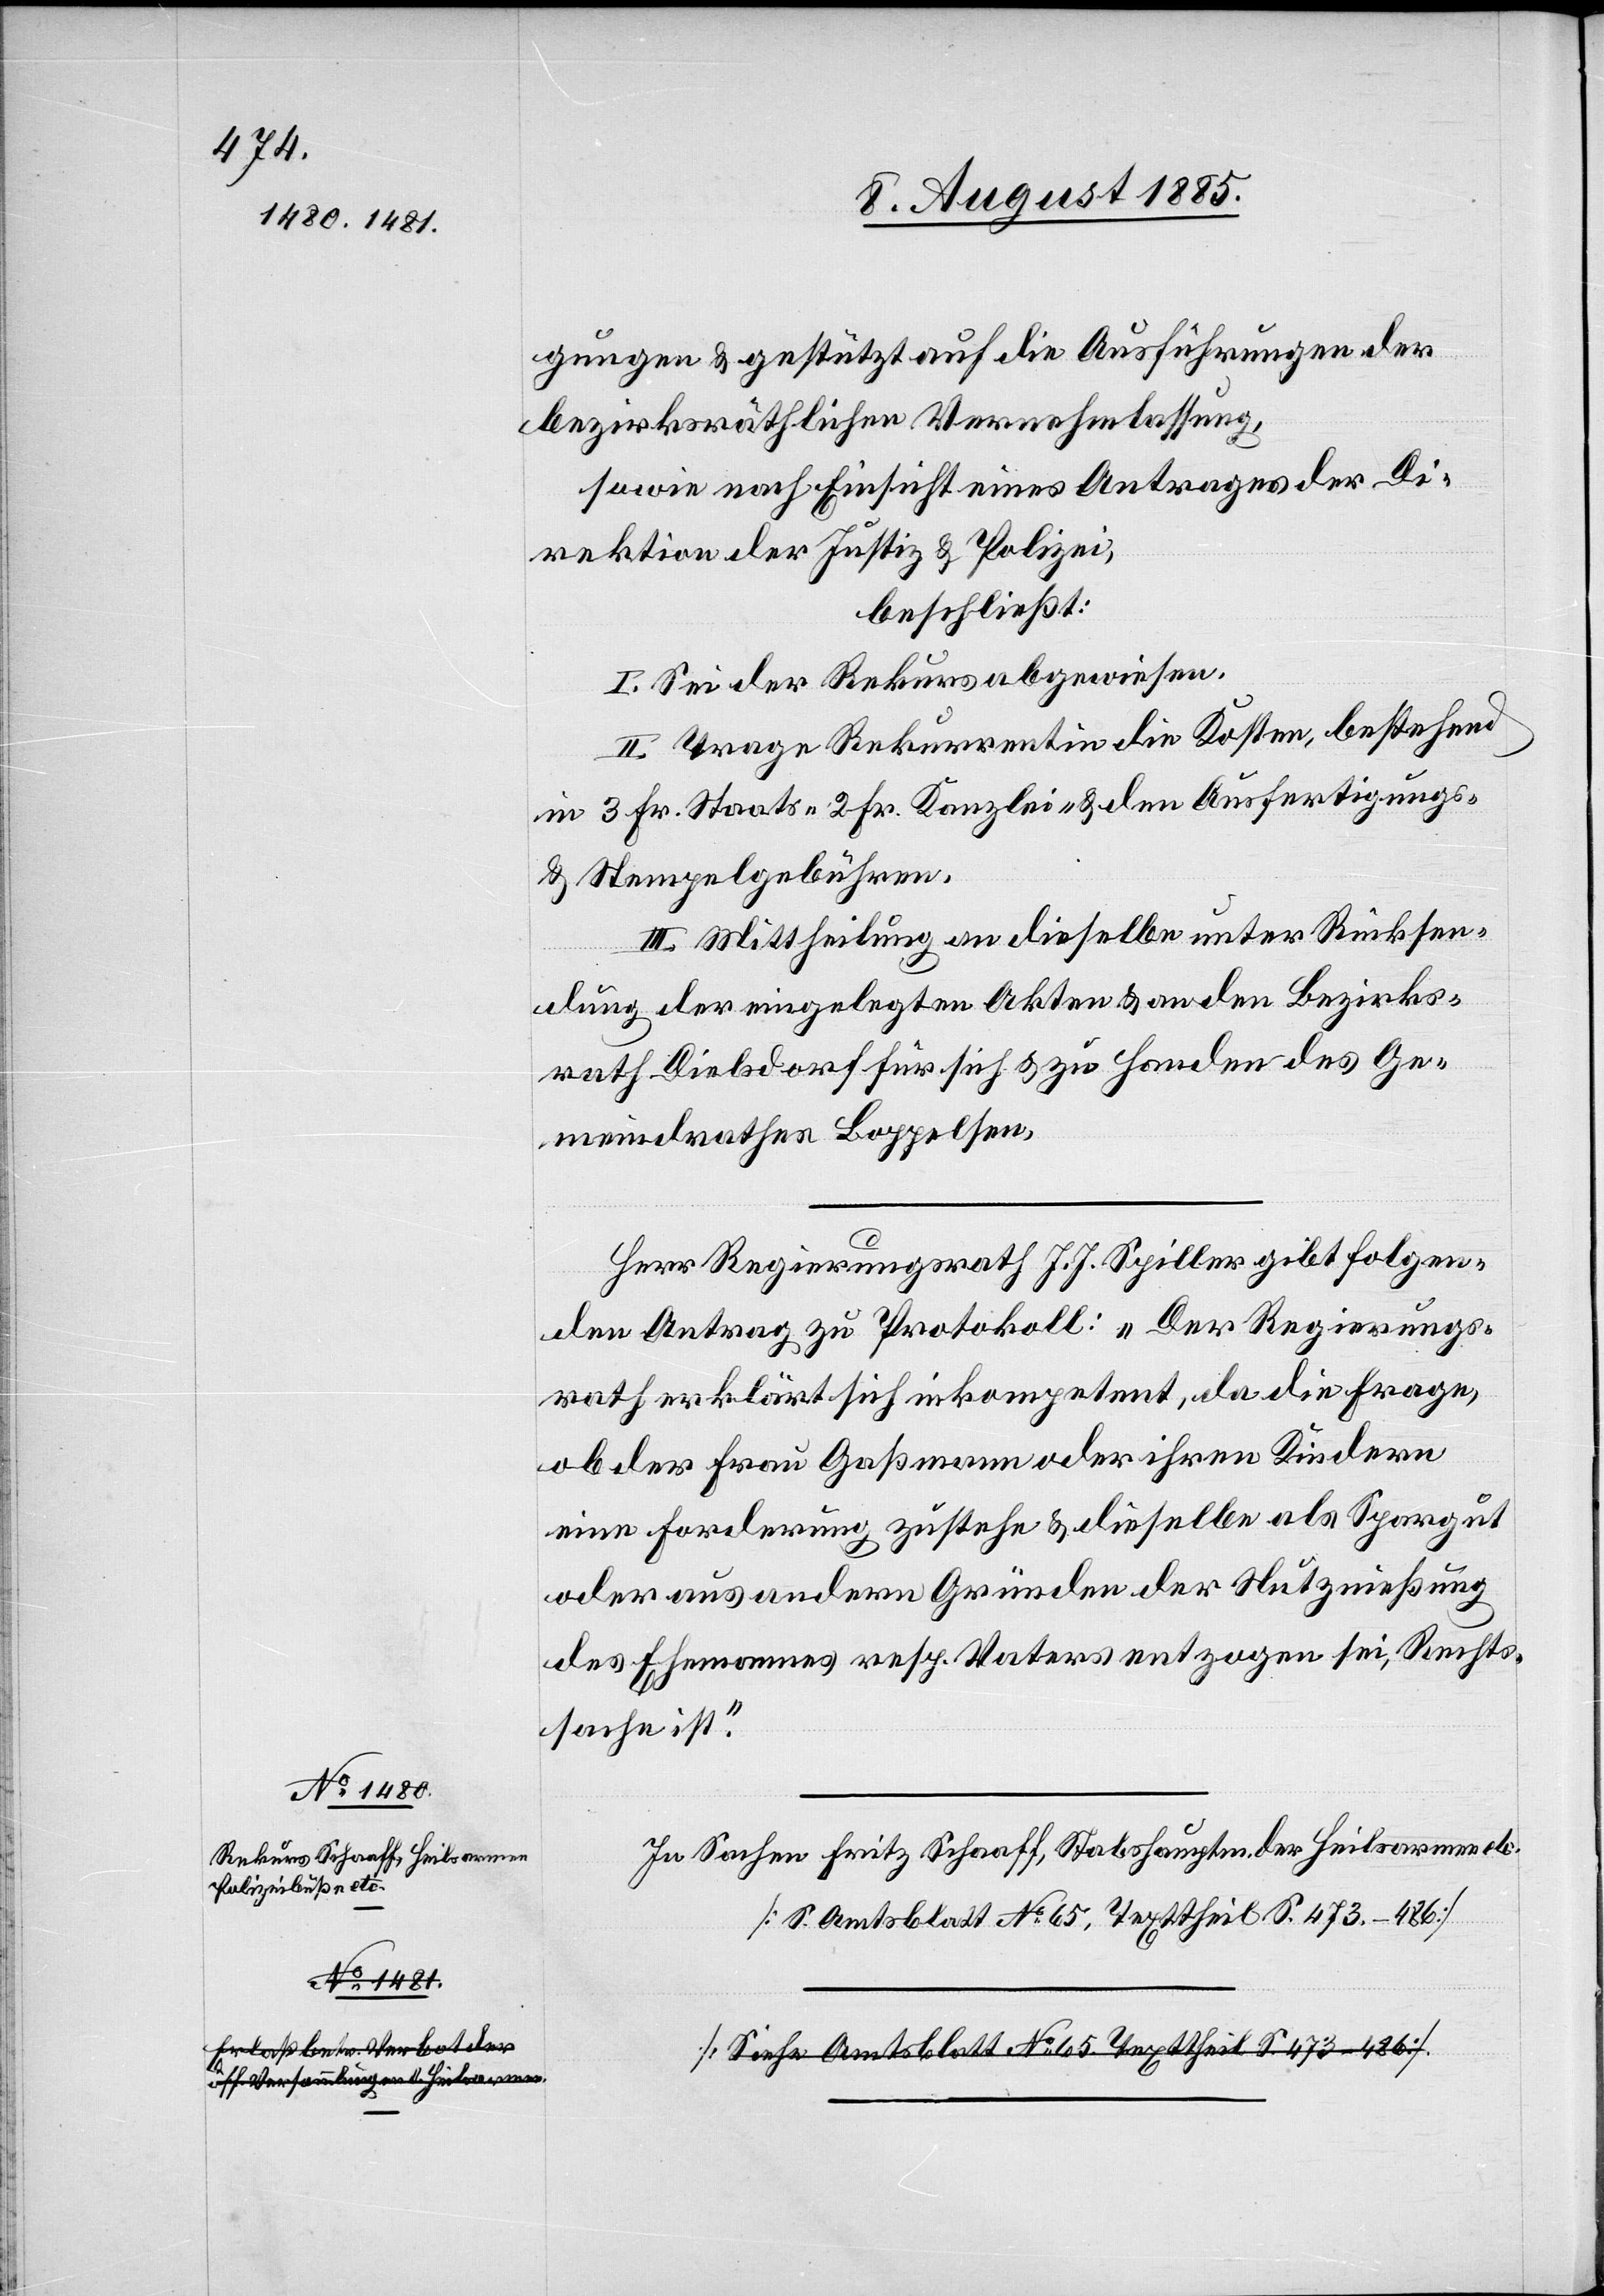
gungen & gestützt auf die Ausführungen der
bezirksräthlichen Vernehmlassung,
sowie nach Einscht eines Antrages der Di¬
rektion der Justiz & Polizei,
beschließt:
I. Sei der Rekurs abgewiesen.
II. Trage Rekurrentin die Kosten, bestehend
in 3 Fr. Staats-[,] 2 Fr. Kanzlei- & den Ausfertigungs-
& Stempelgebühren.
III. Mittheilung an dieselbe unter Rücksen¬
dung der eingelegten Akten & an den Bezirks¬
rath Dielsdorf für sich & zu Handen des Ge¬
meindrathes Boppelsen.
Herr Regierungsrath J. J. Spiller gibt folgen¬
den Antrag zu Protokoll: „Der Regierungs¬
rath erklärt sich inkompetent, da die Frage,
ob der Frau Gaßmann oder ihren Kindern
eine Forderung zustehe & dieselbe als Spargut
oder aus andern Gründen der Nutznießung
des Ehemannes resp. Vaters entzogen sei, Rechts¬
sache ist.“
In Sachen Fritz Schaaff, Stabshauptm. der Heilsarmee etc.
[S. Amtsblatt No 65, Texttheil S. 473–486]
a-[Siehe Amtsblatt No 65. Texttheil S. 473–486].-a